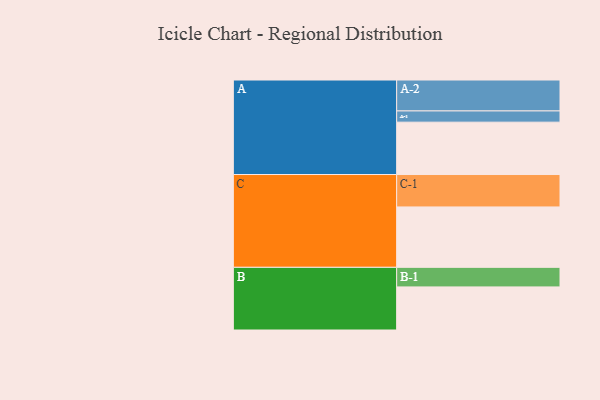
{"axis": {"x": "Segment", "y": "Value"}, "legend": ["", "A", "B", "C"], "data": [{"x": "A", "y": 457, "type": ""}, {"x": "B", "y": 376, "type": ""}, {"x": "C", "y": 527, "type": ""}, {"x": "A-1", "y": 98, "type": "A"}, {"x": "A-2", "y": 270, "type": "A"}, {"x": "B-1", "y": 171, "type": "B"}, {"x": "C-1", "y": 283, "type": "C"}]}